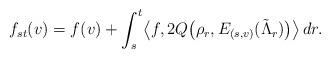
LaTeX: \begin{align*}f_{st}(v)=f(v)+\int_s^t\bigl\langle f,2Q\bigl(\rho_r,E_{(s,v)}(\tilde\Lambda_r)\bigr)\bigr\rangle \,dr.\end{align*}